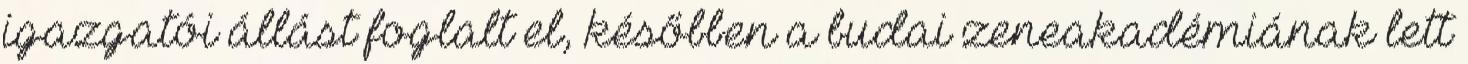
igazgatói állást foglalt el, későbben a budai zeneakadémiának lett